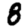
Digit: 8